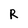
Character: R